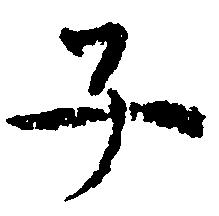
子